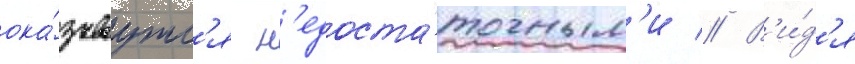
ока́зываутс'я н'едоста́точным'и // В'и́д'я